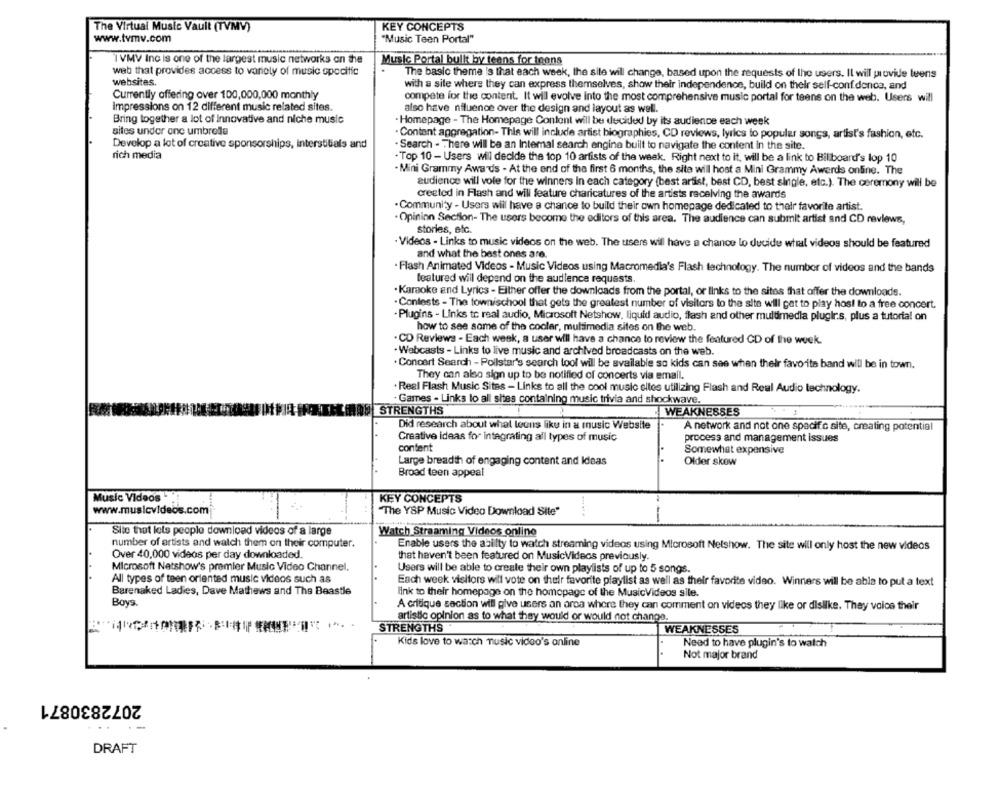
The Virtual Music Vault (TVMV)
KEY CONCEPTS
www.tvmv.com
"Music Teen Portal"
1 VMV Inc is one of the largest music networks on the
Music Portal built by teens for teens
web that provides access to variety of music specific
The basic theme is that each week, the site will change, based upon the requests of the users. Il will provide teens
websites.
with a site where they can express themselves, show their independence, build on their self-confidence, and
Currently offering over 100,000,000 monthly
compete for the content. It will evolve into the most comprehensive music portal for teens on the web. Users will
Impressions on 12 different music related sites.
also have nfluence over the design and layout as well.
Bring together a lot of innovative and niche music
·Homepage - The Homepage Content will be decided by its audience each week
sites under one umbrella
· Content aggregation- This will include artist biographies, CD reviews, lyrics to popular songs, artist's fashion, etc.
Develop a lot of creative sponsorships, interstitials and
. Search - There will be an Intemal search engine built to navigate the content in the site.
rich media
- Top 10 - Users will decide the top 10 artists of the week. Right next to it, will be a link to Billboard's lop 10
. Mini Grammy Awards - At the end of the first 6 months, the site will host a Mini Grammy Awards online. The
audience will vole for the winners In each category (best artist, best CD, best single, etc.). The ceremony will be
created in Flash and will feature charicatures of the artists receiving the awards
. Community - Users will have a chance to build their own homepage dedicated to their favorite artist.
. Opinion Section- The users become the editors of this area. The audience can submit artist and CD reviews,
stories, etc.
· Videos - Links to music videos on the web. The users will have a chance to decide what videos should be featured
and what the best ones are.
· Flash Animated Videos - Music Videos using Macromedia's Flash technology. The number of videos and the bands
featured will depend on the audience requests.
Karaoke and Lyrics - Either offer the downloads from the portal, or links to the sites that offer the downloads.
. Contests - The townischool that gets the greatest number of visitors to the site will get to play hos! to a free concert.
- Plugins - Links to real audio, Microsoft Netshow, liquid audio, flash and other multimedia plugirs, plus a tutorial on
how to see some of the cooler, multimedia sites on the web.
. CD Reviews - Each week, a user will have a chance to review the featured CD of the week.
· Webcasts - Links to live music and archived broadcasts on the web.
. Concert Search - Pollstar's search tool will be available so kids can see when their favorits band will be in town.
They can also sign up to be notified of concerts via email.
· Real Flash Music Sites - Links to all the cool music eltes utilizing Flash and Real Audio technology.
Games - Links to all sites containing music trivia and shockwave.
STRENGTHS
WEAKNESSES
Did research about what leons liku in a music Website
A network and not one specific site, creating potential
Creative ideas for integrating all types of music
process and management issues
content
Somewhat expensive
Large breadth of engaging content and Ideas
Older skow
Broad teen appeal
Music Videos
KEY CONCEPTS
www.musicvideos.com
"The YSP Music Video Download Site"
--
Site that lets people download videos of a large
Watch Streaming Videos online
number of artists and watch them on their computer.
Enable users the abilty to watch streaming videos using Microsoft Netshow. The site will only host the new videos
Over 40,000 videos per day downloaded.
that haven't been featured on MusicVideos previously.
Microsoft Netshow's premier Music Video Channel.
Users will be able to create their own playlists of up to 5 songs.
All types of teen oriented music videos such as
Each week visitors will vote on their favorite playlist as well as their favorite video. Winners will be able to put a text
Barenaked Ladies, Dave Mathews and The Beastle
link to their homepage on the homepage of the MusicVideos sile.
Boys
A critique section will give users an area where they can comment on videos they like or dislike. They voice their
artistic opinion as to what they would or would not change.
STRENGTHS
WEAKNESSES
Kids love to watch music video's online
Need to have plugin's to watch
Not major brand
2072830871
DRAFT